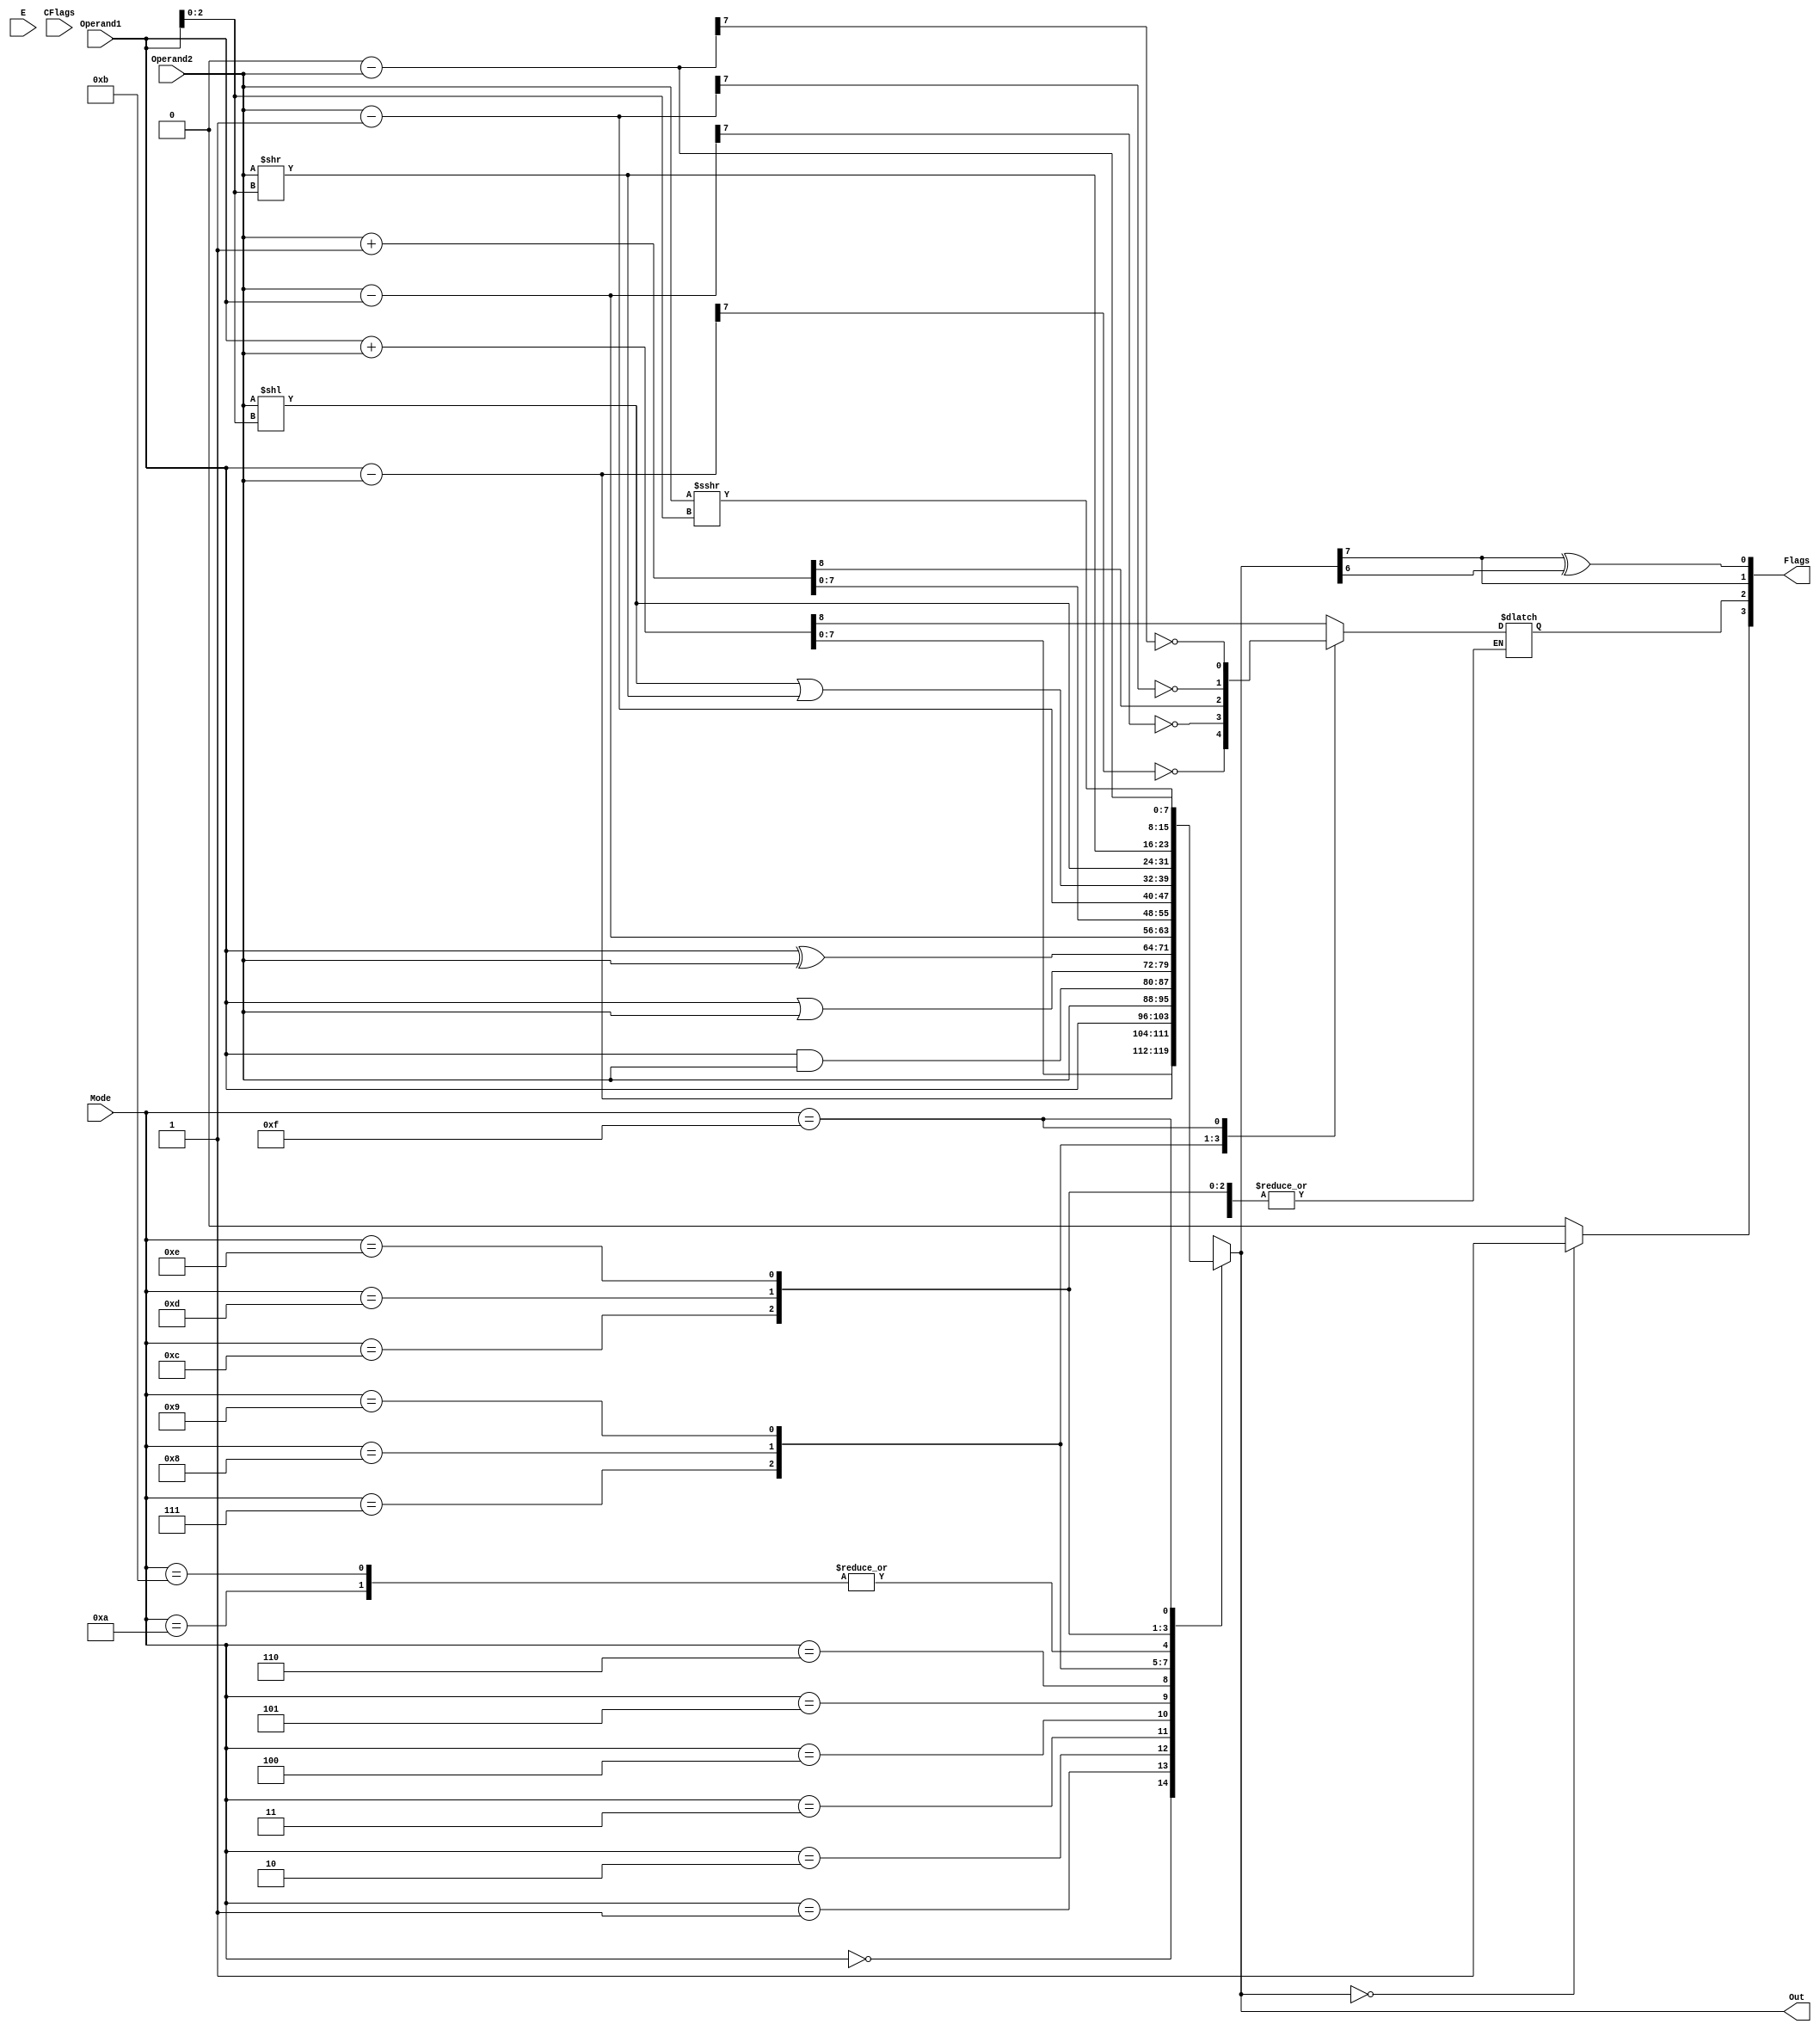
module ALU( 
            input [7:0] Operand1, Operand2,
            input E,
            input [3:0] Mode,
            input [3:0] CFlags,
            output [7:0] Out,
            output [3:0] Flags
            /* 4 Flag bits are Z (zero),
               C (carry), S (sign), O (overflow) 
               in order from MSB to LSB */
           );

wire Z, S, O;
reg CarryOut;
reg [7:0] Out_ALU;

always @(*)
begin
    case(Mode)
        // Addition Mode
        4'b0000: {CarryOut, Out_ALU} = Operand1 + Operand2;
        
        // Subtraction Mode
        4'b0001: begin
                    Out_ALU = Operand1 - Operand2;  
                    CarryOut = !Out_ALU[7];
                 end

        // Move value of accumulator to a memory
        4'b0010: Out_ALU = Operand1;

        /* Move value of memory entry to accumulator
           and moving immediate number to accumulator */
        4'b0011: Out_ALU = Operand2;

        /* Logic Gate Operations between memory entries and accumulator
           (bitwise operations) */
        4'b0100: Out_ALU = Operand1 & Operand2;     // AND Gate
        4'b0101: Out_ALU = Operand1 | Operand2;     // OR Gate
        4'b0110: Out_ALU = Operand1 ^ Operand2;     // XOR Gate
        
        // Subtract Memory entry by accumulator
        4'b0111: begin
                    Out_ALU = Operand2 - Operand1;
                    CarryOut = !Out_ALU[7];
                 end

        // Increment Memory entry by 1
        4'b1000: {CarryOut, Out_ALU} = Operand2 + 8'h1;

        // Decrement Memory entry by 1
        4'b1001: begin
                    Out_ALU = Operand2 - 8'h1;
                    CarryOut = !Out_ALU[7];
                 end
        
        // Left Shift (Circular)
        4'b1010: Out_ALU = (Operand2 << Operand1[2:0]) | (Operand2 >> Operand1[2:0]);

        // Right Shift (Circular)
        4'b1011: Out_ALU = (Operand2 >> Operand1[2:0]) | (Operand2 << Operand1[2:0]);

        // Logical Left Shift
        4'b1100: Out_ALU = Operand2 << Operand1[2:0];

        // Logical Right Shift
        4'b1101: Out_ALU = Operand2 >> Operand1[2:0];

        // Arithmetic Shift 
        4'b1110: Out_ALU = Operand2 >>> Operand1[2:0];

        // 2's complement generation
        4'b1111: begin
                    Out_ALU = 8'h0 - Operand2;
                    CarryOut = !Out_ALU[7];
                 end

        default: Out_ALU = Operand2;
    endcase
end

// Assigning Flags
assign O = Out_ALU[7] ^ Out_ALU[6];
assign Z = (Out_ALU == 0) ? 1'b1 : 1'b0;
assign S = Out_ALU[7];

assign Flags = {Z, CarryOut, S, O};

assign Out = Out_ALU;

endmodule